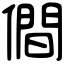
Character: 僴